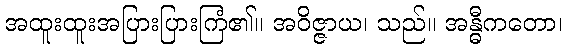
အထူးထူးအပြားပြားကြံ၏။ အဝိဇ္ဇာယ၊ သည်။ အန္ဓီကတော၊